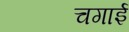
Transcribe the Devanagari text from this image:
चगाई